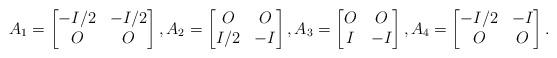
LaTeX: \begin{align*}A_1 = \begin{bmatrix} -I/2 & -I/2 \\ O & O \end{bmatrix}, A_2 = \begin{bmatrix} O & O \\ I/2 & -I \end{bmatrix}, A_3 = \begin{bmatrix} O & O \\ I & -I \end{bmatrix}, A_4 = \begin{bmatrix} -I/2 & -I \\ O & O \end{bmatrix}.\end{align*}